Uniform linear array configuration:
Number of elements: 48
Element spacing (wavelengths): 0.25
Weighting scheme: binomial
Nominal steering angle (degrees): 60
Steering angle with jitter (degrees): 59.289
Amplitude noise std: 0.05
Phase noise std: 0.05

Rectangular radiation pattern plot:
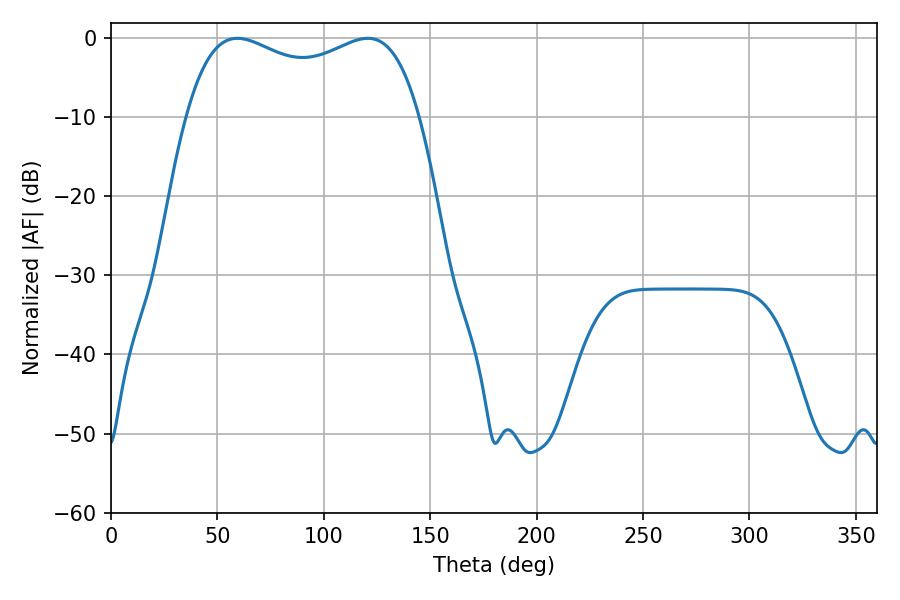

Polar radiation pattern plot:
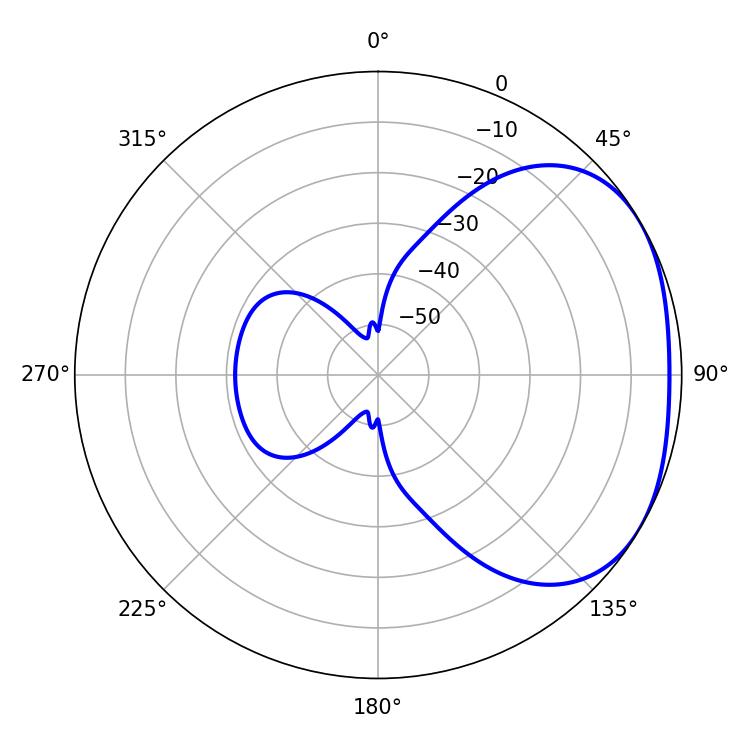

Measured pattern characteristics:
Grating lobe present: FALSE
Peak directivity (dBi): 2.346
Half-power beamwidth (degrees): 90
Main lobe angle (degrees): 59.4